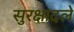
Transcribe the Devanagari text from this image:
सुरक्षादले